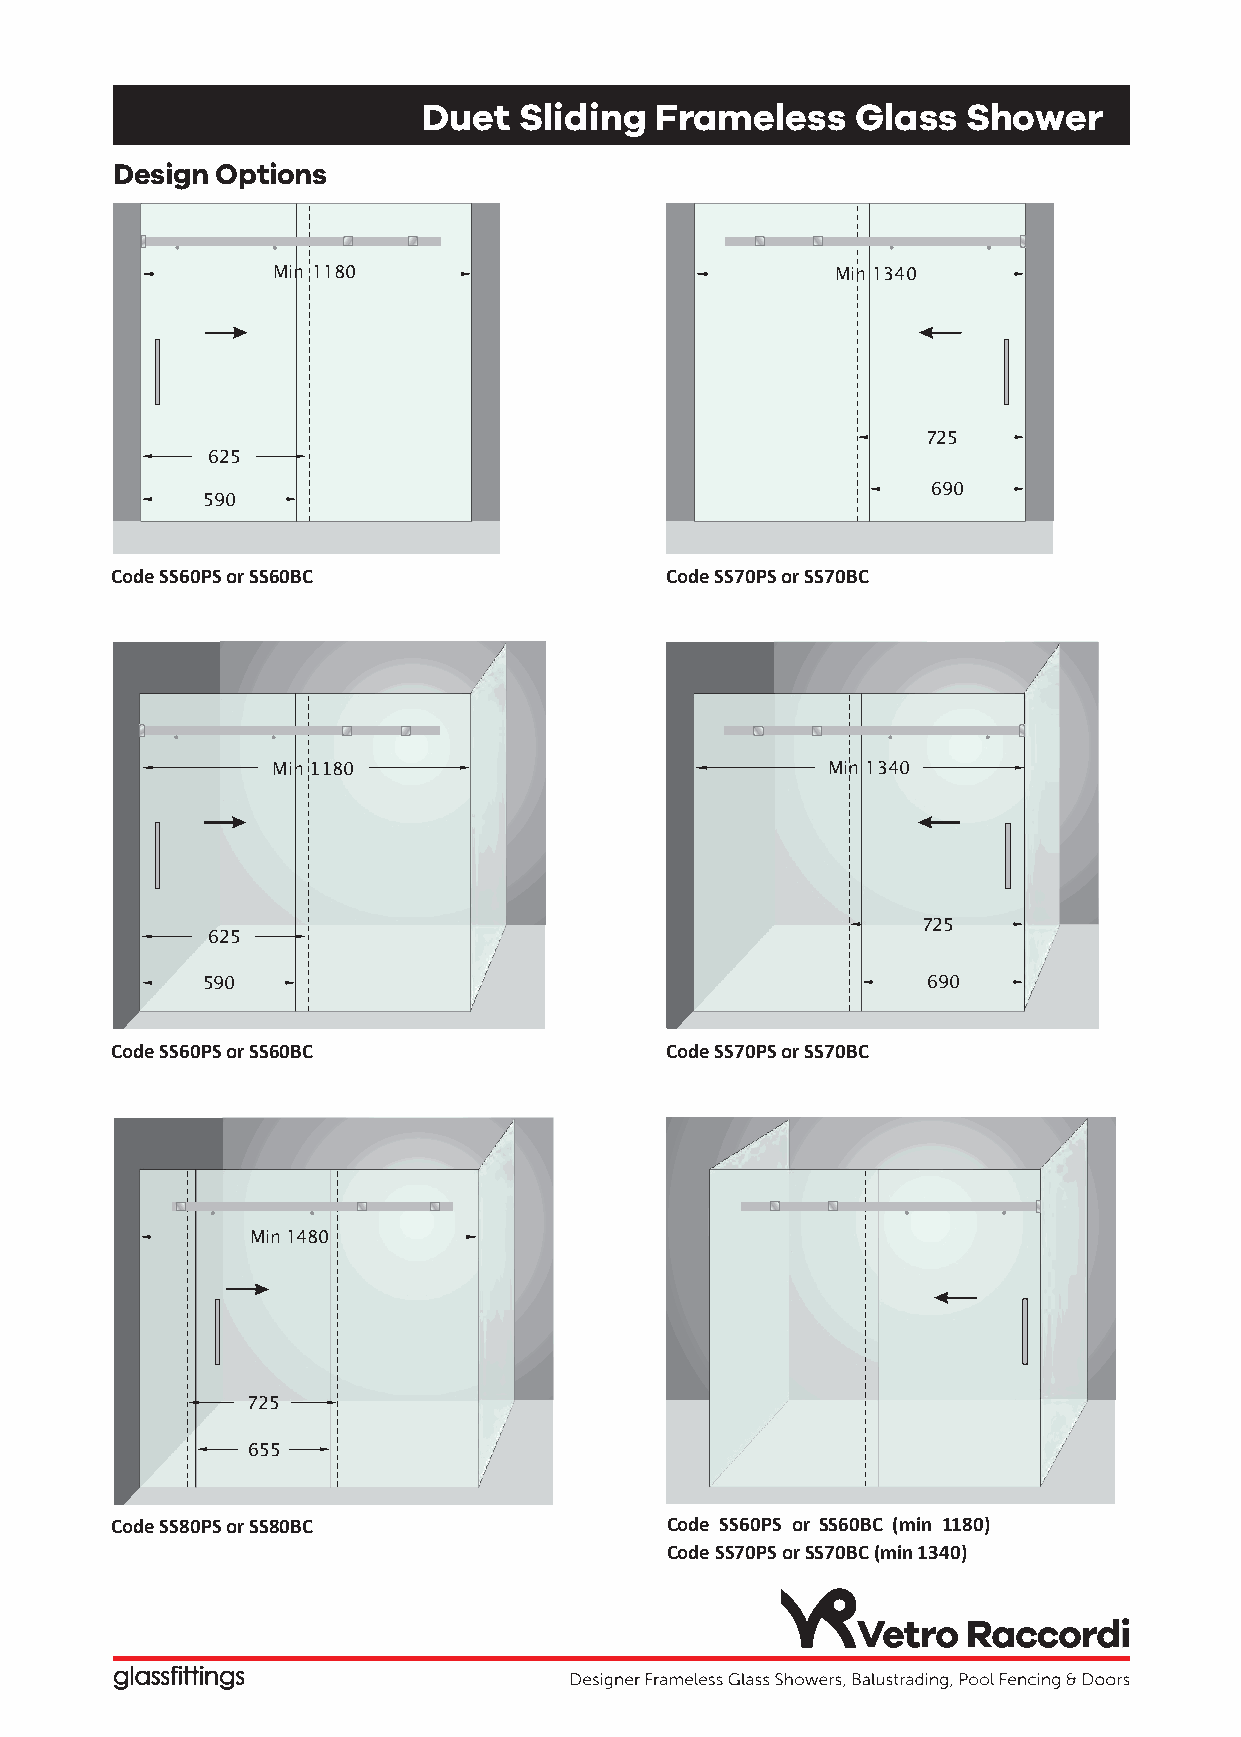
Duet  Sliding  Frameless     Glass  Shower
 D esign Options
 Min 1180                             Min 1340
 725
 625
 690
 590
 Code SS60PS or SS60BC                Code SS70PS or SS70BC
 Min1180                              Min 1340
 725
 625
 590                                             690
 Code SS60PS or SS60BC                Code SS70PS or SS70BC
 Min 1480
 725
 655
 Code SS80PS or SS80BC                Code SS60PS or SS60BC (min 1180)
 Code SS70PS or SS70BC (min 1340)
 glassfittings